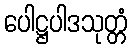
ပေါဋ္ဌပါဒသုတ္တံ